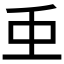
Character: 𮓱